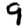
Digit: 9